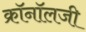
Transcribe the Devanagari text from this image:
क्रॉनॉलजी